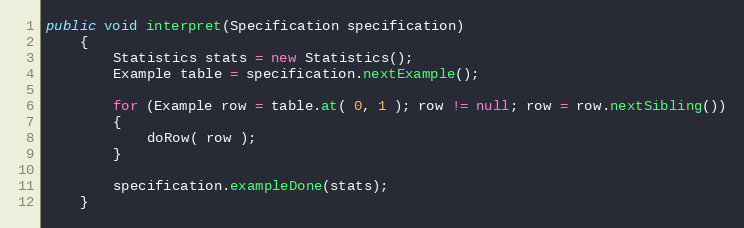
Language: Java
public void interpret(Specification specification)
    {
        Statistics stats = new Statistics();
        Example table = specification.nextExample();

        for (Example row = table.at( 0, 1 ); row != null; row = row.nextSibling())
        {
            doRow( row );
        }

        specification.exampleDone(stats);
    }